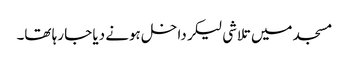
مسجد میں تلاشی لیکر داخل ہونے دیا جا رہا تھا۔